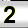
Digit: 2